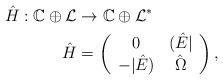
LaTeX: \begin{align*}\hat{H}: \mathbb{C} \oplus \mathcal{L} &\rightarrow \mathbb{C} \oplus \mathcal{L}^*\\ \hat{H} &= \left( \begin{array}{cc}0&(\hat{ E}| \\ -|\hat{E} ) &\hat{ \Omega} \end{array} \right), \end{align*}